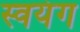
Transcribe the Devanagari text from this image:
स्वयंग